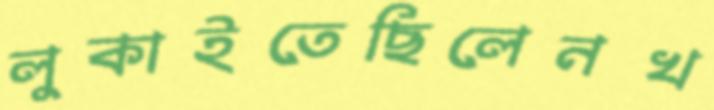
লুকাইতেছিলেনখ